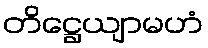
တိဋ္ဌေယျာမဟံ